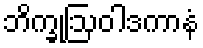
ဘိက္ခုဩဝါဒကာနံ